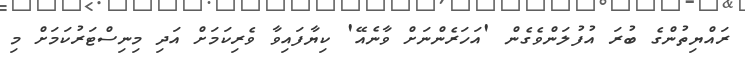
ރައްޔިތުންގެ ބުރަ އުފުލަންވެގެން 'އަހަރެންނަށް ވާނެއޭ' ކިޔާފައިވާ ވެރިކަމަށް އަދި މިނިސްޓަރުކަމަށް މި